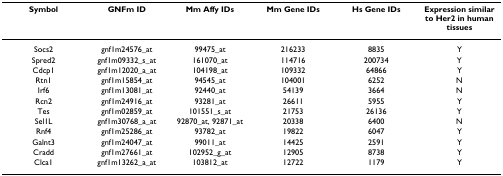
<table><thead><tr><td><b>Symbol</b></td><td><b>GNFm ID</b></td><td><b>Mm Affy IDs</b></td><td><b>Mm Gene IDs</b></td><td><b>Hs Gene IDs</b></td><td><b>Expression similar to Her2 in human tissues</b></td></tr></thead><tbody><tr><td>Socs2</td><td>gnf1m24576_at</td><td>99475_at</td><td>216233</td><td>8835</td><td>Y</td></tr><tr><td>Spred2</td><td>gnf1m09332_s_at</td><td>161070_at</td><td>114716</td><td>200734</td><td>Y</td></tr><tr><td>Cdcp1</td><td>gnf1m12020_a_at</td><td>104198_at</td><td>109332</td><td>64866</td><td>Y</td></tr><tr><td>Rtn1</td><td>gnf1m15854_at</td><td>94545_at</td><td>104001</td><td>6252</td><td>N</td></tr><tr><td>Irf6</td><td>gnf1m13081_at</td><td>92440_at</td><td>54139</td><td>3664</td><td>N</td></tr><tr><td>Rcn2</td><td>gnf1m24916_at</td><td>93281_at</td><td>26611</td><td>5955</td><td>Y</td></tr><tr><td>Tes</td><td>gnf1m02859_at</td><td>101551_s_at</td><td>21753</td><td>26136</td><td>Y</td></tr><tr><td>Sel1L</td><td>gnf1m30768_a_at</td><td>92870_at, 92871_at</td><td>20338</td><td>6400</td><td>N</td></tr><tr><td>Rnf4</td><td>gnf1m25286_at</td><td>93782_at</td><td>19822</td><td>6047</td><td>Y</td></tr><tr><td>Galnt3</td><td>gnf1m24047_at</td><td>99011_at</td><td>14425</td><td>2591</td><td>Y</td></tr><tr><td>Cradd</td><td>gnf1m27661_at</td><td>102952_g_at</td><td>12905</td><td>8738</td><td>Y</td></tr><tr><td>Clca1</td><td>gnf1m13262_a_at</td><td>103812_at</td><td>12722</td><td>1179</td><td>Y</td></tr></tbody></table>